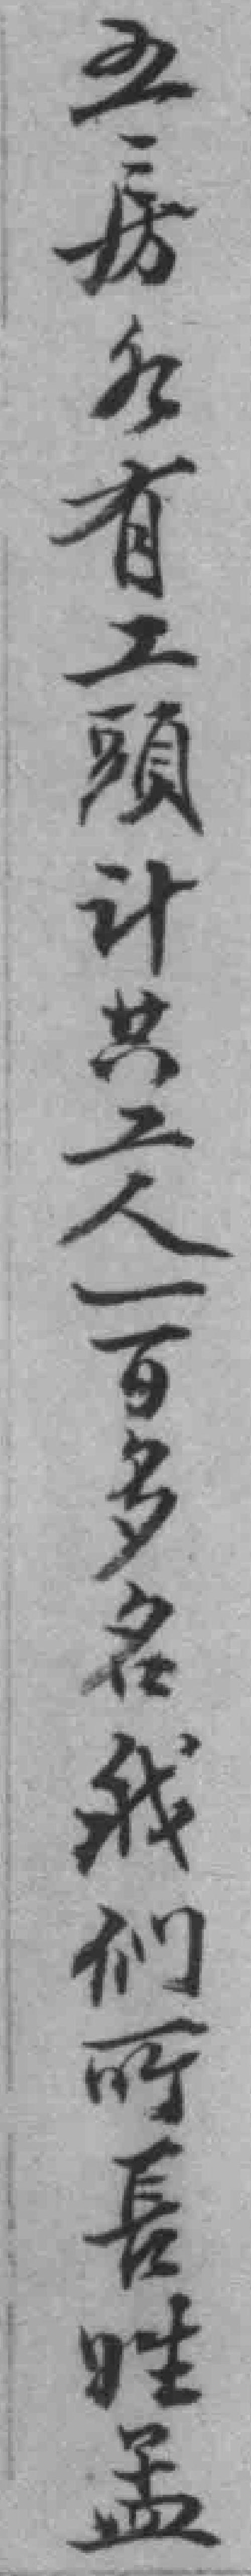
五房各有工頭计共工人一百多名我们所長姓孟